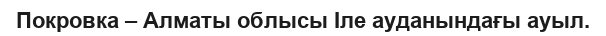
Покровка – Алматы облысы Іле ауданындағы ауыл.